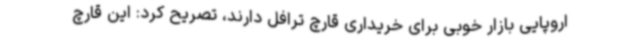
اروپایی بازار خوبی برای خریداری قارچ ترافل دارند، تصریح کرد: این قارچ